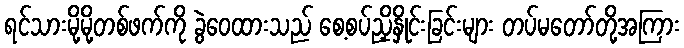
ရင်သားမို့မို့တစ်ဖက်ကို ခွဲဝေထားသည် စေ့စပ်ညှိနှိုင်းခြင်းများ တပ်မတော်တို့အကြား